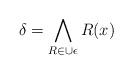
LaTeX: \begin{align*}\delta = \bigwedge_{R\in \cup \epsilon} R(x)\end{align*}